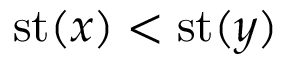
\operatorname { s t } ( x ) < \operatorname { s t } ( y )